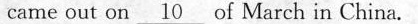
came out on \underline{10} of March in China.